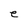
Character: e